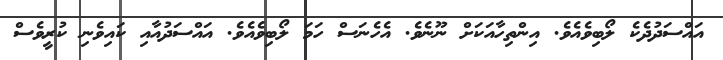
އައްސަދުދެކެ ލޯބިވެއެވެ. އިންތިހާއަކަށް ނޫނެވެ. އެހެނަސް ހަމަ ލޯބިވެއެވެ. އައްސަދުއާއި ކައިވެނި ކުރީވެސް